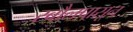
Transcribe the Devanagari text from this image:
रबौलपासून